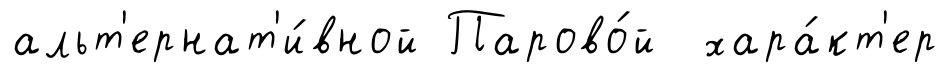
альт'ернат'и́вной Парово́й хара́кт'ер